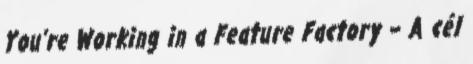
You’re Working in a Feature Factory – A cél